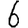
Digit: 6